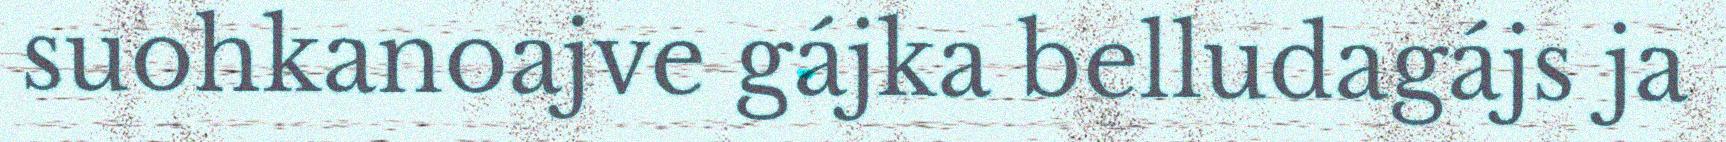
suohkanoajve gájka belludagájs ja